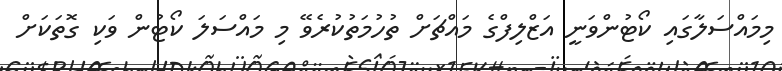
މިމައްސަލާގައި ކޯޓުންވަނީ އަޒްލިފްގެ މައްޗަށް ތުހުމަތުކުރެވޭ މި މައްސަލަ ކޯޓުން ވަކި ގޮތަކަށް